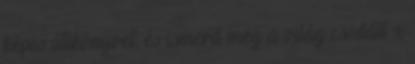
képes útikönyvet, és ismerd meg a világ csodáit x